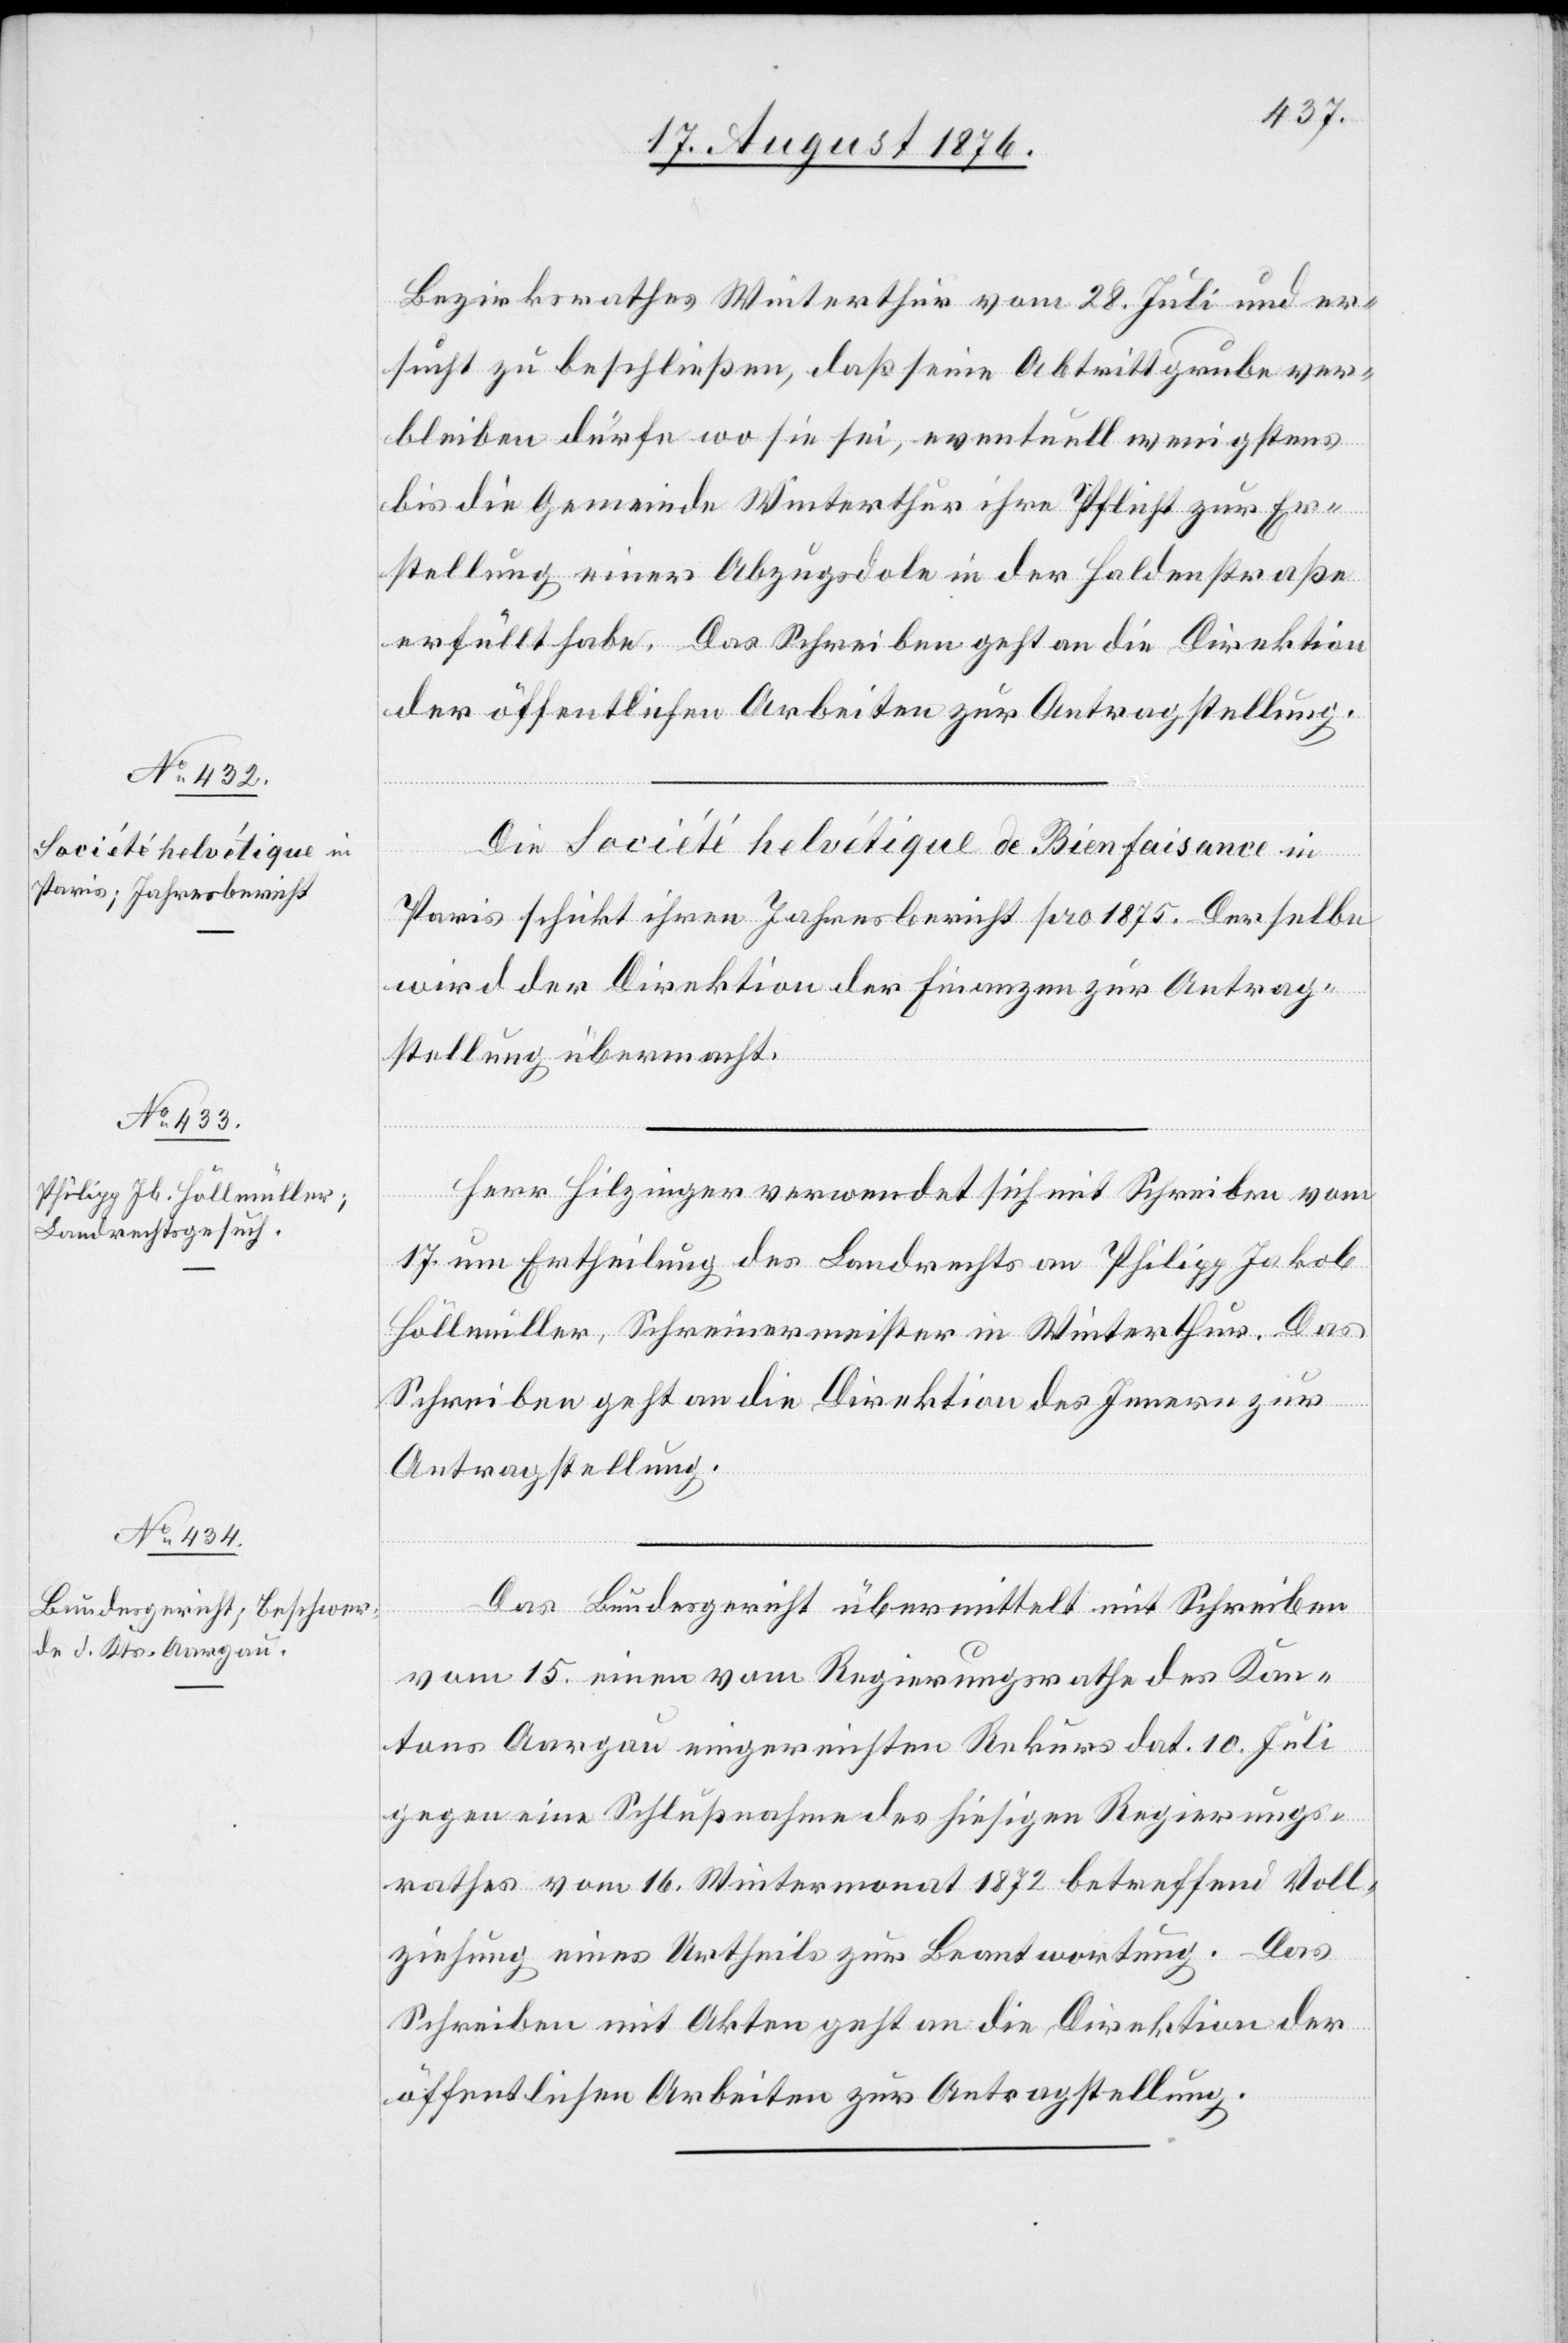
17. August 1876.]
Bezirksrathes Winterthur vom 28. Juli und er¬
sucht zu beschließen, daß seine Abtrittgrube ver¬
bleiben dürfe wo sie sei, eventuell wenigstens
bis die Gemeinde Winterthur ihre Pflicht zur Er¬
stellung einer Anzugsdole in der Haldenstraße
erfüllt habe. Das Schreiben geht an die Direktion
der öffentlichen Arbeiten zur Antragstellung.
Die Société helvétique de Bienfaisance in
Paris schickt ihren Jahresbericht pro 1875. Derselbe
wird der Direktion der Finanzen zur Antrag¬
stellung übermacht.
Herr Hilzinger verwendet sich mit Schreiben vom
17. um Ertheilung des Nach Erfüllung dieser
Höllmüller, Schreinermeister in Winterthur. Das
Schrieben geht an die Direktion des Innern zur
Antragstellung.
Das Bundesgericht übermittelt mit Schrieben
vom 15. einen vom Regierungsrathe des Kan¬
tons Aargau eingereichten Rekurs dat. 10. Juli
gegen eine Schlußnahme des hiesigen Regierungs¬
rathes vom 15. Wintermonat 1872 betreffend Voll¬
ziehung eines Urtheils zur Beantwortung. Das
Schreiben mit Akten geht an die Direktion der
öffentlichen Arbeiten zur Antragstellung.